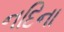
નદિના